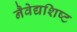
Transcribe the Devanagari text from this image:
नैवेद्यशिष्ट